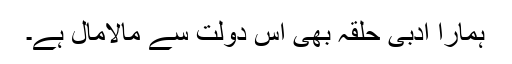
ہمارا ادبی حلقہ بھی اس دولت سے مالامال ہے۔